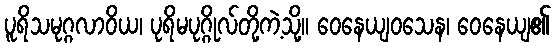
ပူရိသမုဂ္ဂလာဝိယ၊ ပုရိမပုဂ္ဂိုလ်တို့ကဲ့သို့။ ဝေနေယျဝသေန၊ ဝေနေယျ၏